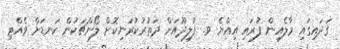
ގަދައިގައި މާލެއިން ފުރައި އިއްޔެ ވ. ފުލިދޫއަށް ދަތުރުކުރަނިކޮށް ލޯންޗަކުން ކަނޑަށް ވެއްޓި